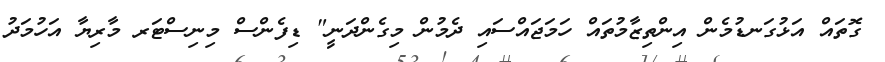
ގޮތައް އަޅުގަނޑުމެން އިންތިޒާމުތައް ހަމަޖައްސައި ދެމުން މިގެންދަނީ" ޑިފެންސް މިނިސްޓަރ މާރިޔާ އަހުމަދު